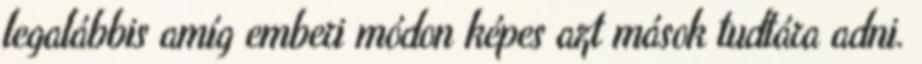
legalábbis amíg emberi módon képes azt mások tudtára adni.